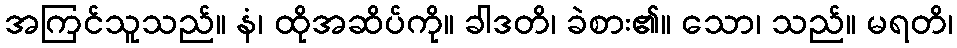
အကြင်သူသည်။ နံ၊ ထိုအဆိပ်ကို။ ခါဒတိ၊ ခဲစား၏။ သော၊ သည်။ မရတိ၊